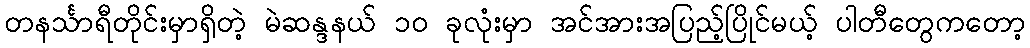
တနင်္သာရီတိုင်းမှာရှိတဲ့ မဲဆန္ဒနယ် ၁၀ ခုလုံးမှာ အင်အားအပြည့်ပြိုင်မယ့် ပါတီတွေကတော့